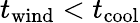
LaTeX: t_{\mathrm{wind}}<t_{\mathrm{cool}}